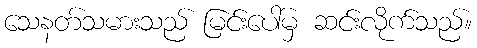
သေနတ်သမားသည် မြင်းပေါ်မှ ဆင်းလိုက်သည်။